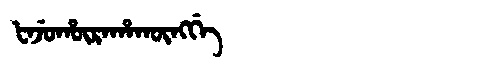
Manchu: ᡶᠠᠵᡠᡥᡡᡵᠠᡥᠠᡴᡡᠩᡤᡝ
Romanization: FAJUHŪRAHAKŪNGGE